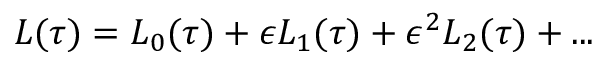
\begin{array} { r } { L ( \tau ) = L _ { 0 } ( \tau ) + \epsilon L _ { 1 } ( \tau ) + \epsilon ^ { 2 } L _ { 2 } ( \tau ) + . . . } \end{array}